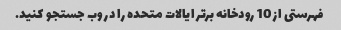
فهرستی از 10 رودخانه برتر ایالات متحده را در وب جستجو کنید.